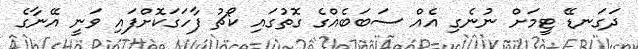
ދަގަނޑޭ ޓީމަށް ނުނެގި އެއް ސަބަބެއްގެ ގޮތުގައި ކޯޗު ފާހަގަކޮށްފައި ވަނީ އޭނާގެ